Proceedings of the meeting of veterinary officers in India
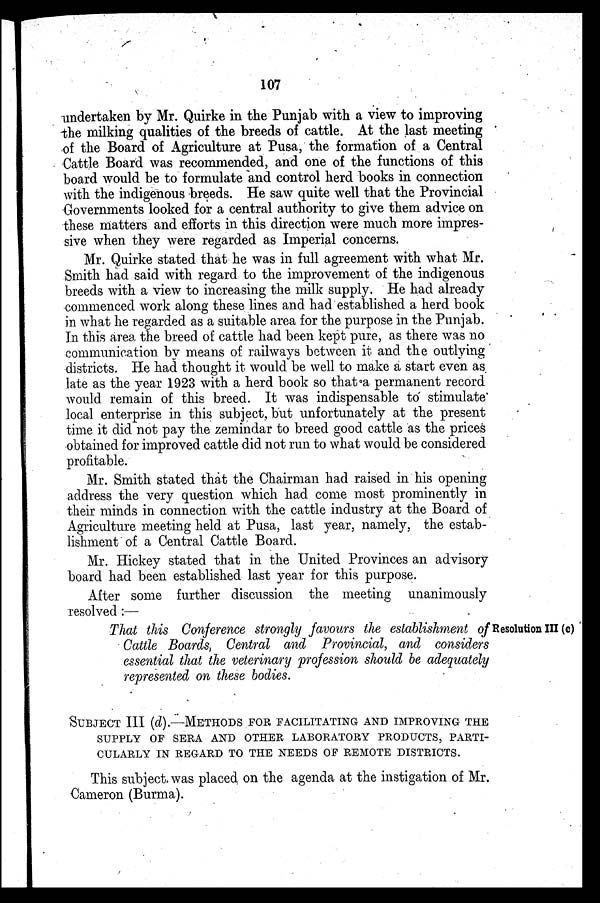
107
undertaken by Mr. Quirke in the Punjab with a view to improving
the milking qualities of the breeds of cattle. At the last meeting
of the Board of Agriculture at Pusa, the formation of a Central
Cattle Board was recommended, and one of the functions of this
board would be to formulate and control herd books in connection
with the indigenous breeds. He saw quite well that the Provincial
Governments looked for a central authority to give them advice on
these matters and efforts in this direction were much more impres-
sive when they were regarded as Imperial concerns.
Mr. Quirke stated that he was in full agreement with what Mr.
Smith had said with regard to the improvement of the indigenous
breeds with a view to increasing the milk supply. He had already
commenced work along these lines and had established a herd book
in what he regarded as a suitable area for the purpose in the Punjab.
In this area the breed of cattle had been kept pure, as there was no
communication by means of railways between it and the outlying
districts. He had thought it would be well to make a start even as
late as the year 1923 with a herd book so that a permanent record
would remain of this breed. It was indispensable to stimulate
local enterprise in this subject, but unfortunately at the present
time it did not pay the zemindar to breed good cattle as the prices
obtained for improved cattle did not run to what would be considered
profitable.
Mr. Smith stated that the Chairman had raised in his opening
address the very question which had come most prominently in
their minds in connection with the cattle industry at the Board of
Agriculture meeting held at Pusa, last year, namely, the estab-
lishment of a Central Cattle Board.
Mr. Hickey stated that in the United Provinces an advisory
board had been established last year for this purpose.
After some further discussion the meeting unanimously
resolved:—
Resolution III (c)
That this Conference strongly favours the establishment of
Cattle Boards, Central and Provincial, and considers
essential that the veterinary profession should be adequately
represented on these bodies.
SUBJECT III (d).-METHODS FOR FACILITATING AND IMPROVING THE
SUPPLY OF SERA AND OTHER LABORATORY PRODUCTS, PARTI-
CULARLY IN REGARD TO THE NEEDS OF REMOTE DISTRICTS.
This subject was placed on the agenda at the instigation of Mr.
Cameron (Burma).